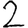
Digit: 2